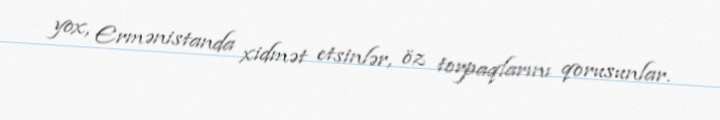
yox, Ermənistanda xidmət etsinlər, öz torpaqlarını qorusunlar.